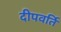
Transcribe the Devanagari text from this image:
दीपवर्ति